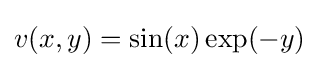
v(x,y)=\sin(x)\exp(-y)